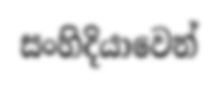
සංහිදියාවෙන්